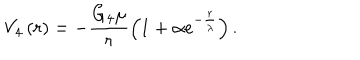
V _ { 4 } \left( r \right) = - \frac { G _ { 4 } \mu } { r } \left( 1 + \alpha e ^ { - \frac { r } { \lambda } } \right) .